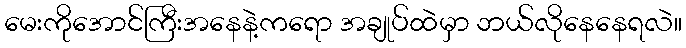
မေးကိုအောင်ကြီးအနေနဲ့ကရော အချုပ်ထဲမှာ ဘယ်လိုနေနေရလဲ။